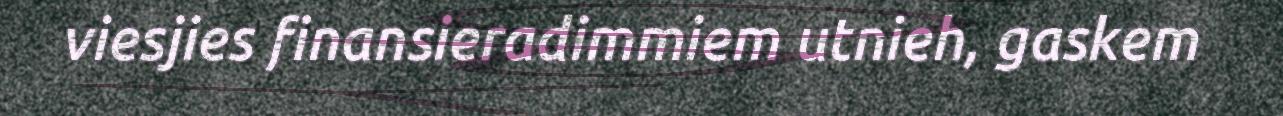
viesjies finansieradimmiem utnieh, gaskem